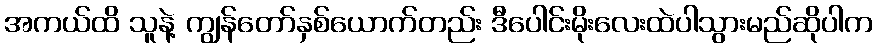
အကယ်ထိ သူနဲ့ ကျွန်တော်နှစ်ယောက်တည်း ဒီပေါင်းမိုးလေးထဲပါသွားမည်ဆိုပါက